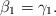
LaTeX: \begin{align*}\beta_1 = \gamma_1.\end{align*}